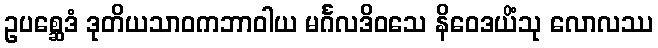
ဥပစ္ဆေဒံ ဒုတိယသာဝကဘာဝါယ မင်္ဂလဒိဝသေ နိဝေဒယိံသု လောလဿ